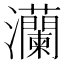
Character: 灡